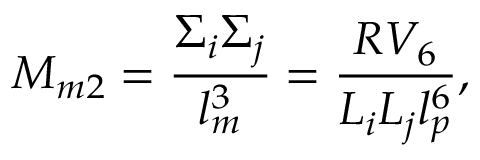
M _ { m 2 } = { \frac { \Sigma _ { i } \Sigma _ { j } } { l _ { m } ^ { 3 } } } = { \frac { R V _ { 6 } } { L _ { i } L _ { j } l _ { p } ^ { 6 } } } ,